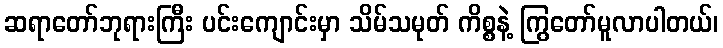
ဆရာတော်ဘုရားကြီး ပင်းကျောင်းမှာ သိမ်သမုတ် ကိစ္စနဲ့ ကြွတော်မူလာပါတယ်၊